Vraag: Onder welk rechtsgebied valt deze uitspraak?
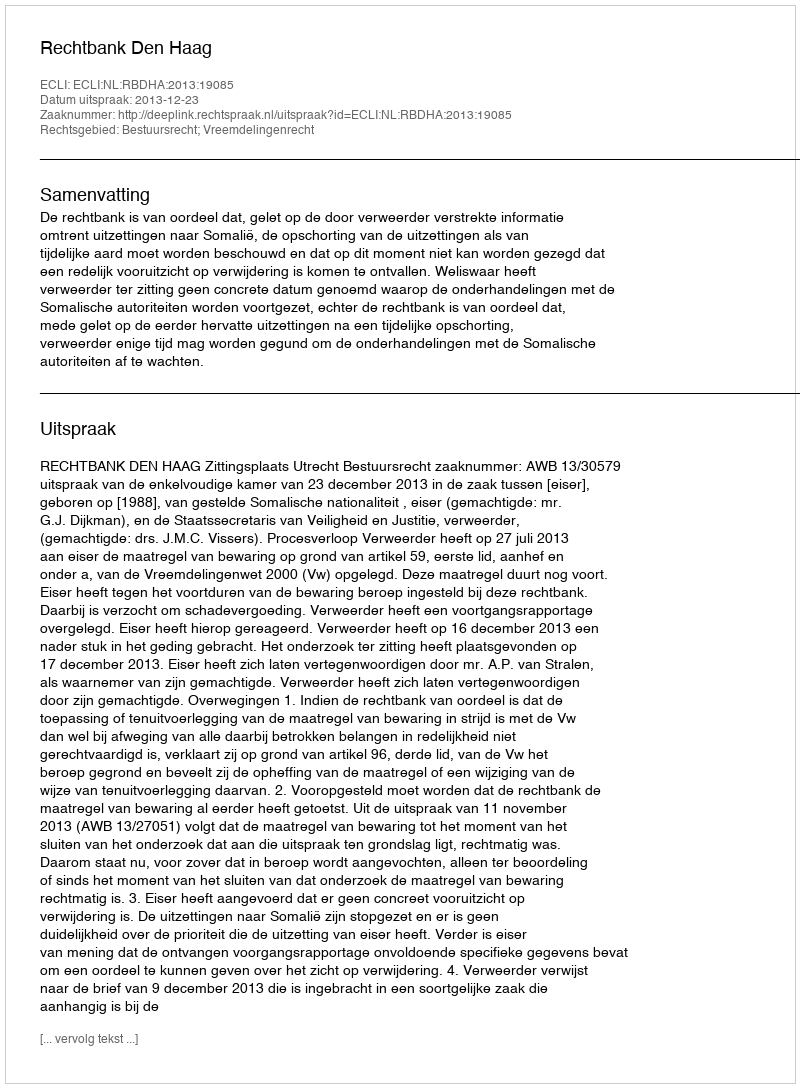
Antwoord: Bestuursrecht; Vreemdelingenrecht